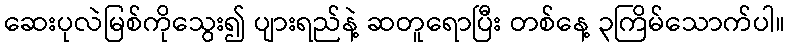
ဆေးပုလဲမြစ်ကိုသွေး၍ ပျားရည်နဲ့ ဆတူရောပြီး တစ်နေ့ ၃ကြိမ်သောက်ပါ။